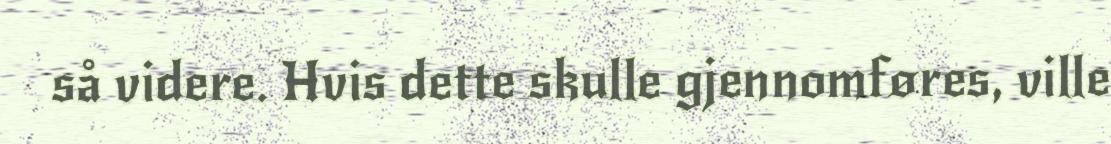
så videre. Hvis dette skulle gjennomføres, ville